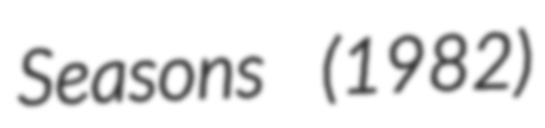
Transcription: Seasons (1982)